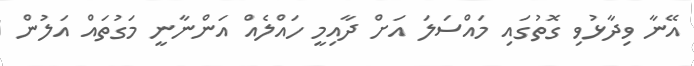
އޭނާ ވިދާޅުވި ގޮތުގައި މައްސަލަަ އަށް ދާއިމީ ހައްލެއް އަންނާނީ މަގުތައް އަލުން